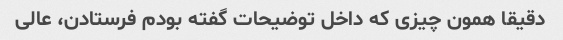
دقیقا همون چیزی که داخل توضیحات گفته بودم فرستادن، عالی